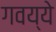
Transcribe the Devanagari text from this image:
गवय्ये